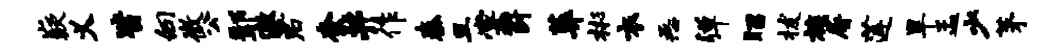
嶷义皆向微公鄢激君柰井作秦旦棠葑葬彬衣恶弹昭拔族屠莲旱孟少茅